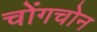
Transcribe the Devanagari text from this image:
चोंगचोन